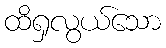
ထိရှလွယ်သော